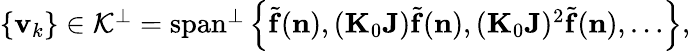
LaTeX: \begin{array}{r}{\left\{ {\mathbf v}_{k}\right\} \in{\cal K}^{\perp}=\mathrm{span}^{\perp}\left\{ {\widetilde{\mathbf f}}({\mathbf n}),({\mathbf K}_{0}{\mathbf J}){\widetilde{\mathbf f}}({\mathbf n}),({\mathbf K}_{0}{\mathbf J})^{2}{\widetilde{\mathbf f}}({\mathbf n}),\ldots\right\} ,}\end{array}